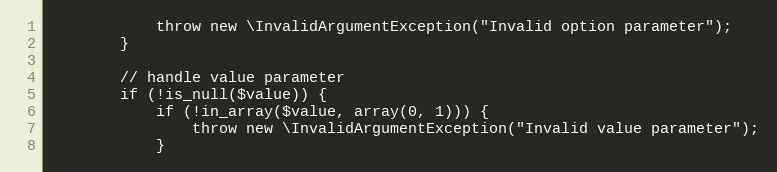
Language: PHP
            throw new \InvalidArgumentException("Invalid option parameter");
        }

        // handle value parameter
        if (!is_null($value)) {
            if (!in_array($value, array(0, 1))) {
                throw new \InvalidArgumentException("Invalid value parameter");
            }